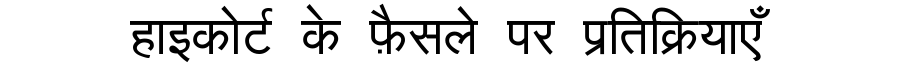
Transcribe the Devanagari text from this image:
हाइकोर्ट के फ़ैसले पर प्रतिक्रियाएँ